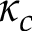
\kappa _ { c }